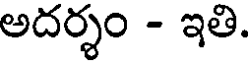
అదర్శం - ఇతి.